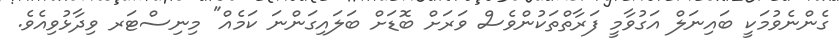
ގެންނެވުމަކީ ބައިނަލް އަގުވާމީ ފަރާތްތަކުންވެސް ވަރަށް ބޮޑަށް ބަލައިގަންނަ ކަމެއް" މިނިސްޓަރ ވިދާޅުވިއެވެ.